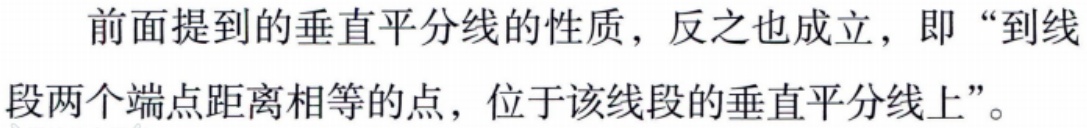
前面提到的垂直平分线的性质，反之也成立，即“到线段两个端点距离相等的点，位于该线段的垂直平分线上”。